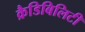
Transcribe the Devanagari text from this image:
क्रैडिबिलिटी